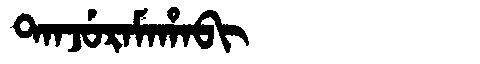
Manchu: ᡨᠠᠨᠵᡠᡵᠠᠮᠠᡥᠠᠪᡳ
Romanization: TANJURAMAHABI